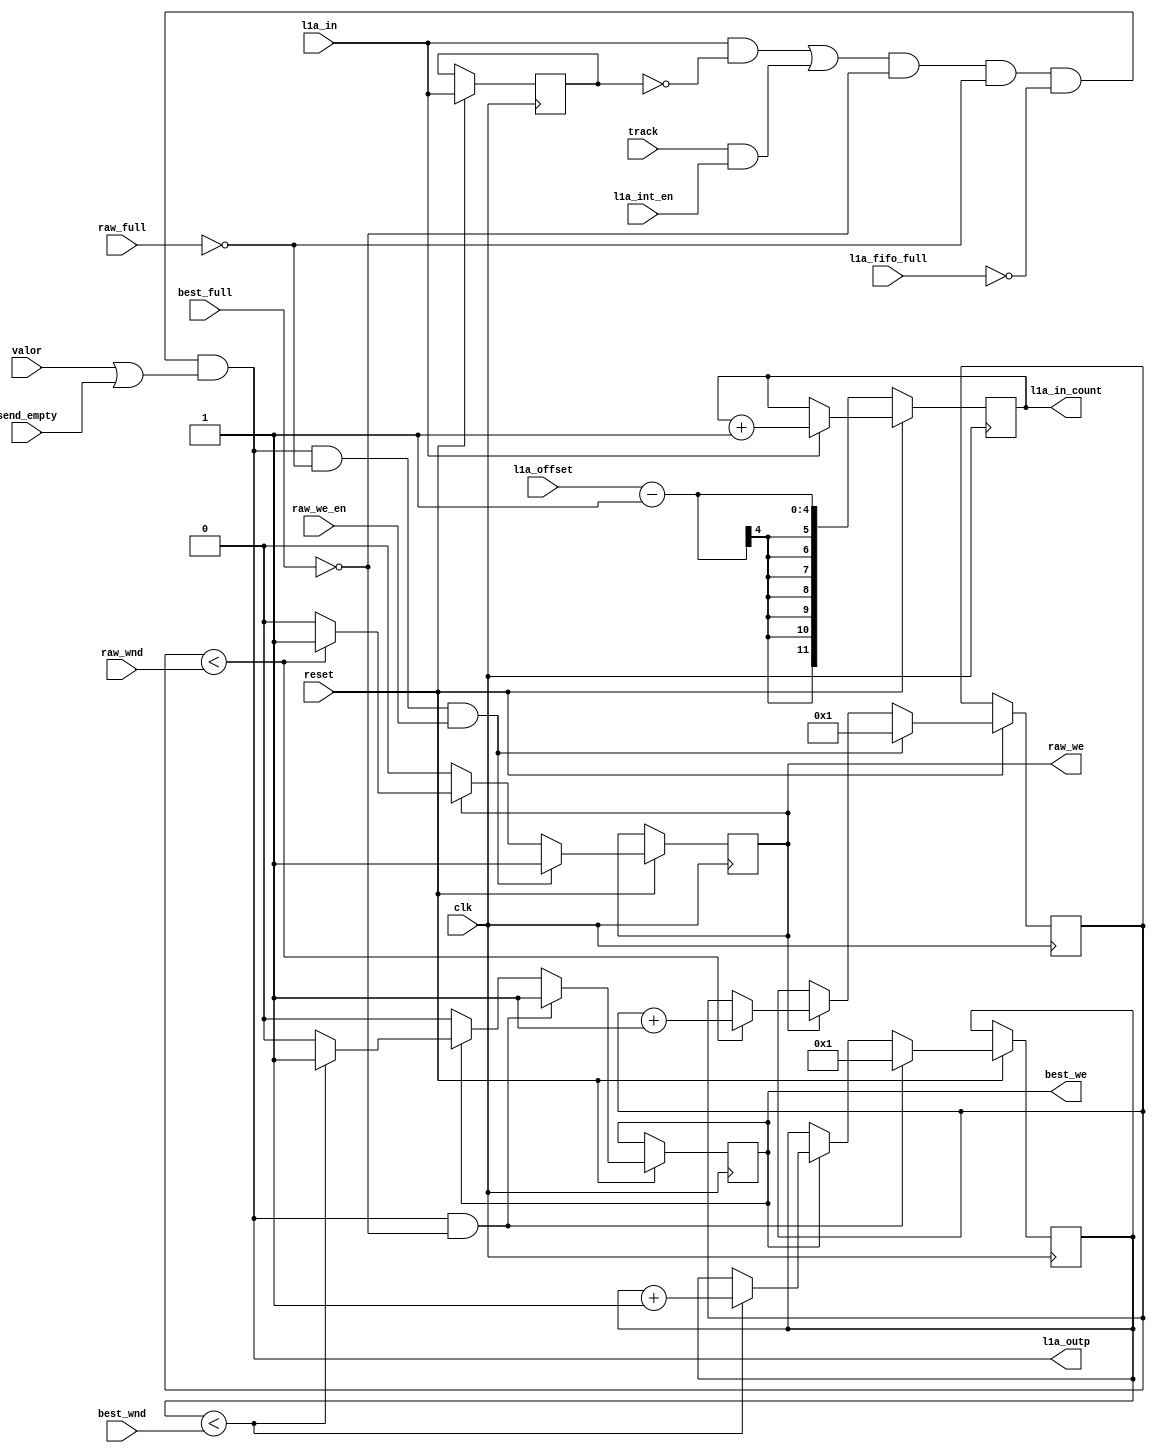
// This  Verilog HDL  source  file was  automatically generated
// by C++ model based on VPP library. Modification of this file
// is possible, but if you want to keep it in sync with the C++
// model,  please  modify  the model and re-generate this file.
// VPP library web-page: http://www.phys.ufl.edu/~madorsky/vpp/

// Timestamp : Mon Aug  6 09:12:31 2012

module l1a_maker_
(
    l1a_in,
    valor,
    track,
    l1a_outp,
    best_wnd,
    raw_wnd,
    l1a_fifo_full,
    best_full,
    raw_full,
    raw_we_en,
    best_we,
    raw_we,
    l1a_int_en,
    l1a_in_count,
    l1a_offset,
    send_empty,
    reset,
    clk
);

    input l1a_in;
    input valor;
    input track;
    output l1a_outp;
    input [3:0] best_wnd;
    input [4:0] raw_wnd;
    input l1a_fifo_full;
    input best_full;
    input raw_full;
    input raw_we_en;
    output best_we;
    reg    best_we;
    output raw_we;
    reg    raw_we;
    input l1a_int_en;
    output [11:0] l1a_in_count;
    reg    [11:0] l1a_in_count;
    input [3:0] l1a_offset;
    input send_empty;
    input reset;
    input clk;

    reg l1ar;
    reg [3:0] best_cnt;
    reg [4:0] raw_cnt;
    wire l1a_out;
    assign l1a_out = l1a_in && (!l1ar);
    assign l1a_outp = ((((l1a_out || (track && l1a_int_en)) && (!best_full)) && (!raw_full)) && (!l1a_fifo_full)) && (valor || send_empty);
    always @(posedge clk) 
    begin
        if (!reset) 
        begin
            l1a_in_count = l1a_offset;
            l1a_in_count = l1a_in_count - 12'd1;
        end
        else 
        begin
            l1ar = l1a_in;
            if (best_we) 
            begin
                if (best_cnt < best_wnd) best_cnt = best_cnt + 1;
                else best_we = 0;
            end
            if (raw_we) 
            begin
                if (raw_cnt < raw_wnd) raw_cnt = raw_cnt + 1;
                else raw_we = 0;
            end
            if (l1a_outp && (!best_full)) 
            begin
                best_we = 1;
                best_cnt = 1;
            end
            if ((l1a_outp && (!raw_full)) && raw_we_en) 
            begin
                raw_we = 1;
                raw_cnt = 1;
            end
            if (l1a_in) l1a_in_count = l1a_in_count + 12'd1;
        end
    end
endmodule